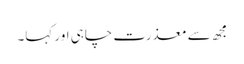
مجھ سے معذرت چاہی اور کہا۔